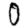
Digit: 0